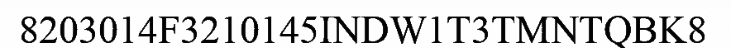
8203014F3210145INDW1T3TMNTQBK8